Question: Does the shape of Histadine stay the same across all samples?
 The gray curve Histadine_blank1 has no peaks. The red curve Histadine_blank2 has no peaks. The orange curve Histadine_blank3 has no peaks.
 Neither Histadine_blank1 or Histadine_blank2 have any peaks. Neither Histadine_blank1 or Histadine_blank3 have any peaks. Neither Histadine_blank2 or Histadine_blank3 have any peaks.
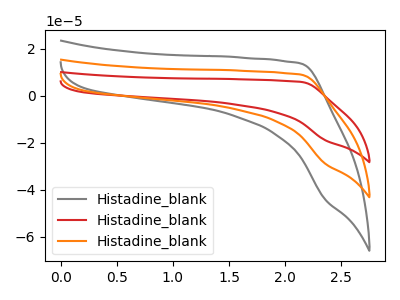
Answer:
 <answer>All the CV's of "Histadine" have similar shape.</answer>
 <eval>follow_rule</eval>